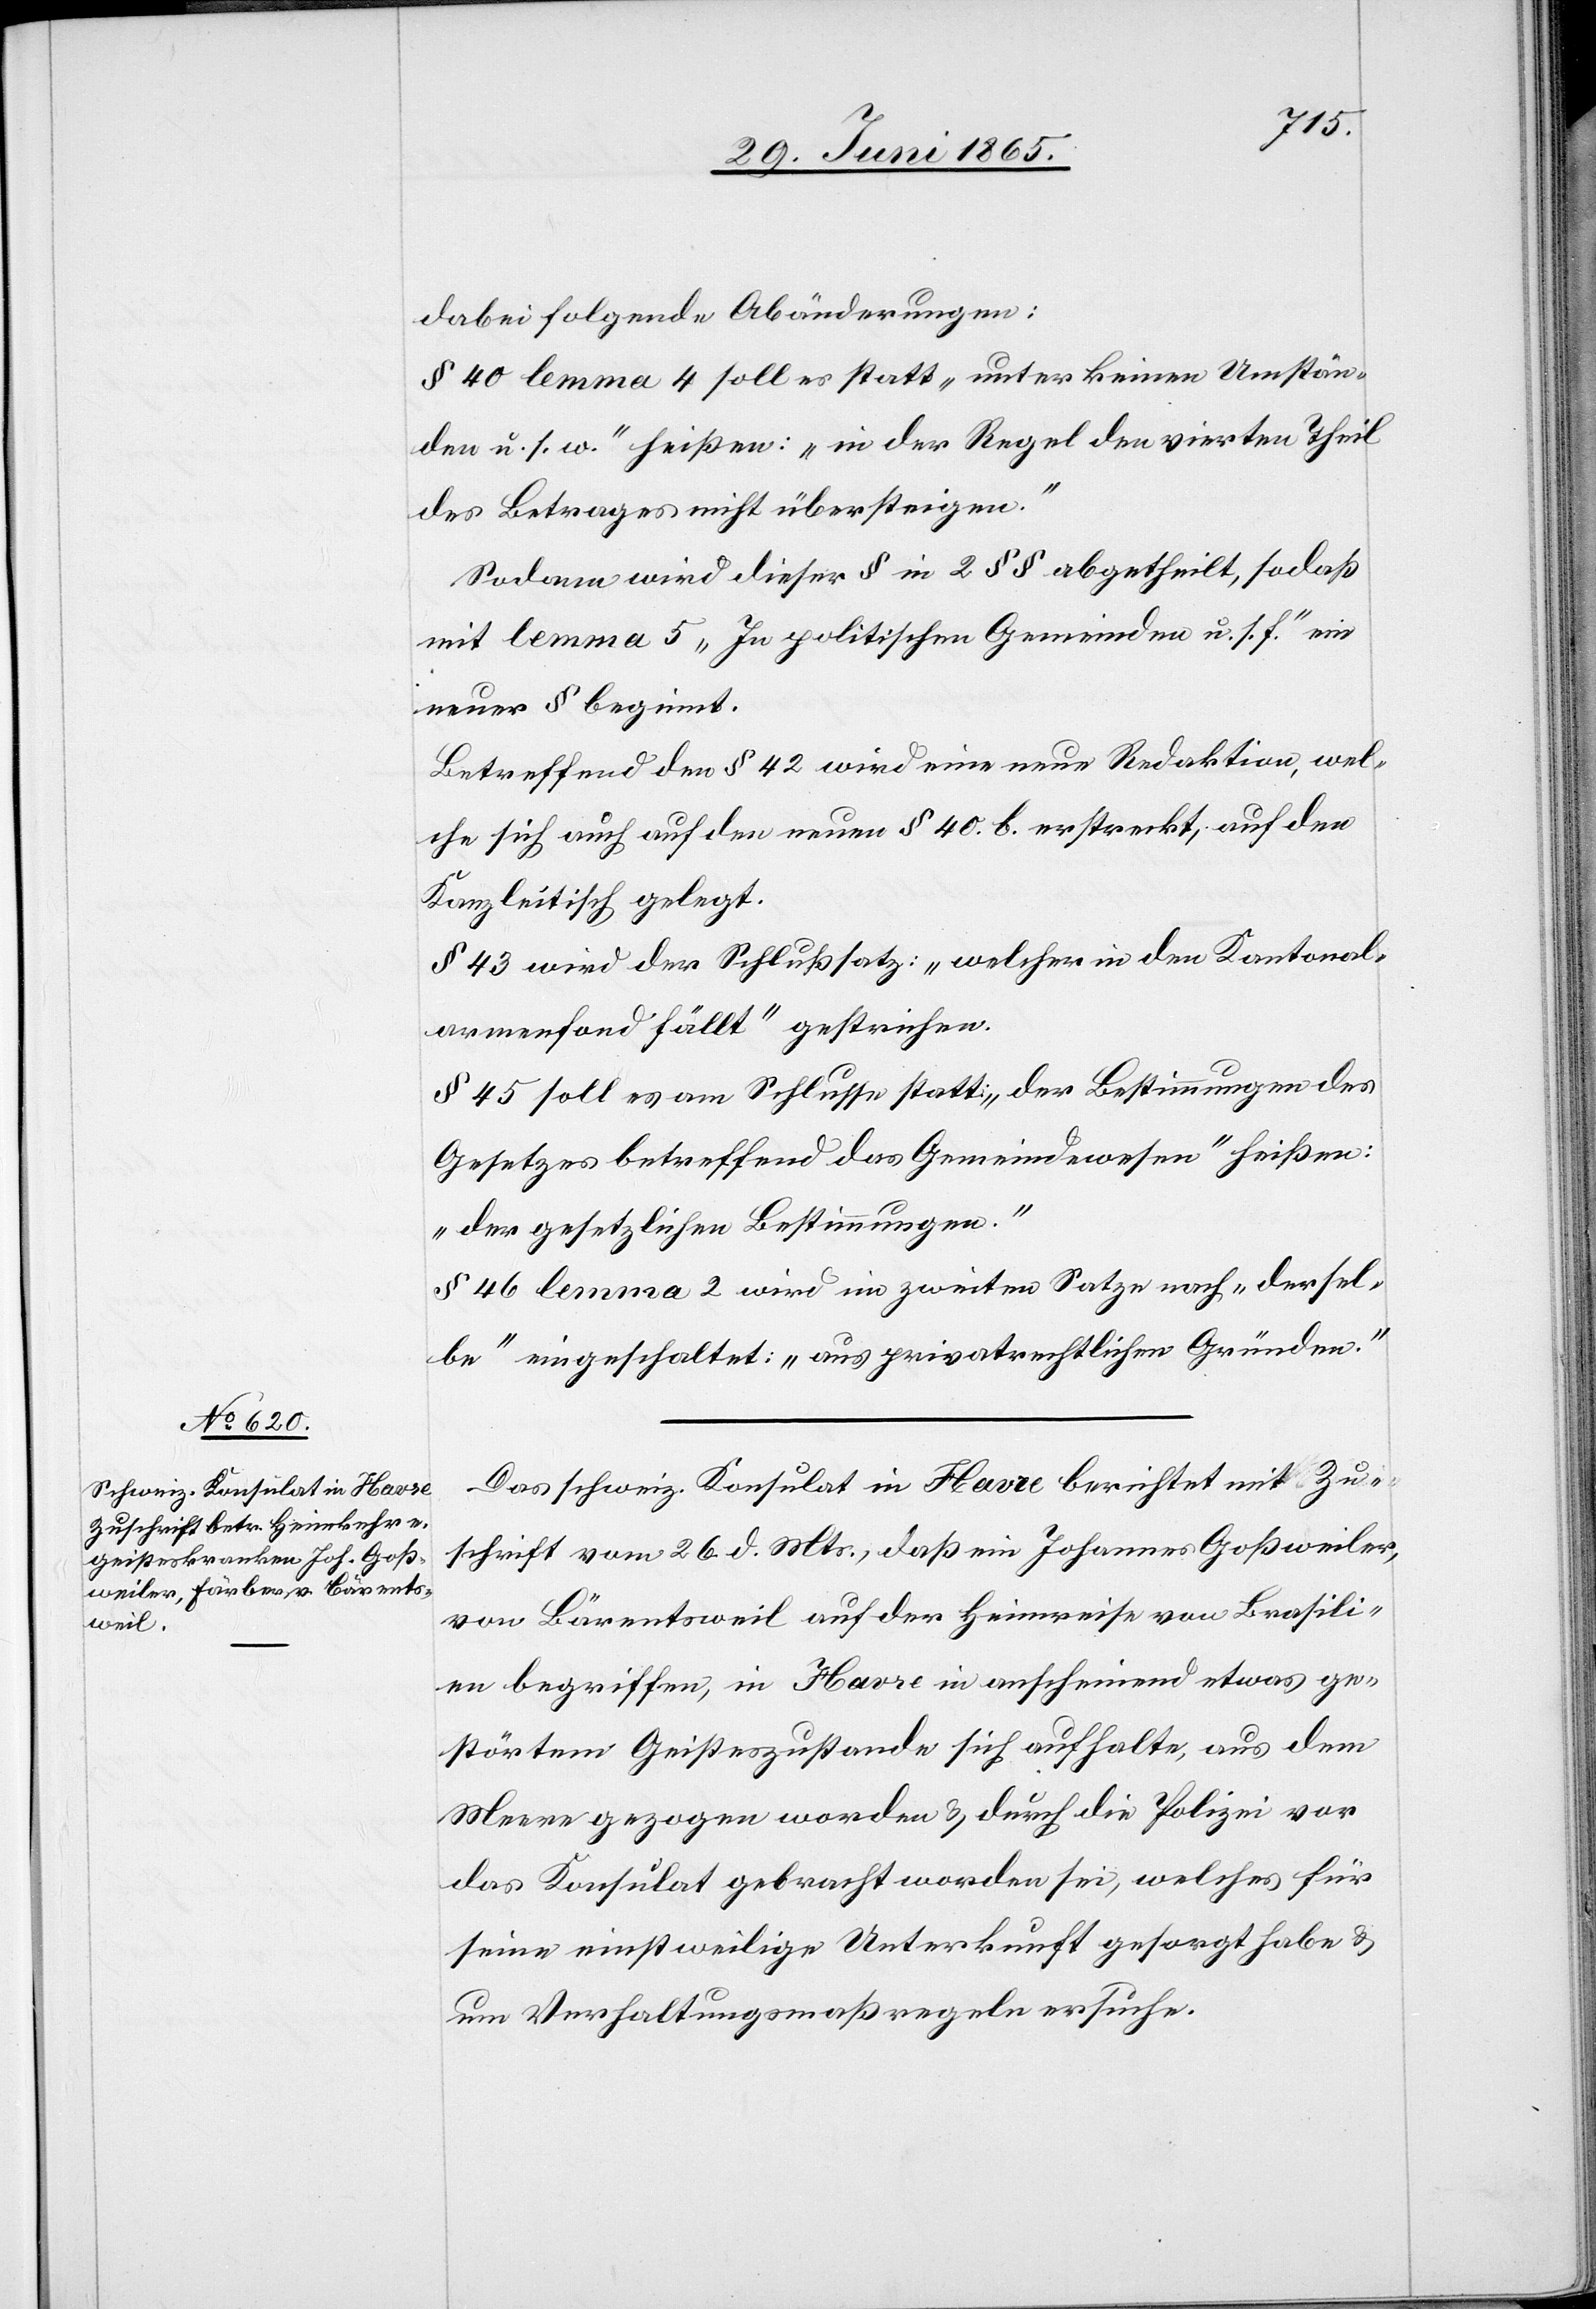
dabei folgende Abänderungen:
§ 40 lemma 4 soll es statt „unter keinen Umstän¬
den u. s. w.“ heißen: „in der Regel den vierten Theil
des Betrages nicht übersteigen.“
Sodann wird dieser § in 2 § § abgetheilt, sodaß
mit lemma 5 „In politischen Gemeinden u. s. f.“ ein
neuer § beginnt.
Betreffend den § 42 wird einen neue Redaktion, wel¬
che sich auch auf den neuen § 40 b. erstreckt, auf den
Kanzleitisch gelegt.
§ 43 wird der Schlußsatz: „welcher in den Kantonal¬
armenfond fällt“ gestrichen.
§ 45 soll es am Schlusse statt: „der Bestimmungen des
Gesetzes betreffend das Gemeindewesen“ heißen:
„der gesetzlichen Bestimmungen.“
§ 46 lemma 2 wird im zweiten Satze nach „dersel¬
be“ eingeschaltet: „aus privatrechtlichen Gründen.“
Das schweiz. Konsulat in Havre berichtet mit Zu¬
schrift vom 26. d. Mts., daß ein Johannes Goßweiler,
von Bärentsweil auf der Heimreise von Brasili¬
en begriffen, in Havre in anscheinend etwas ge¬
störtem Geisteszustande sich aufhalte, aus dem
Meere gezogen worden & durch die Polizei vor
das Konsulat gebracht worden sei, welches für
seine einstweilige Unterkunft gesorgt habe &
um Verhaltungsmaßregeln ersuche.